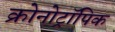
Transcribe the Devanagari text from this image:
क्रोनोट्रॉपिक